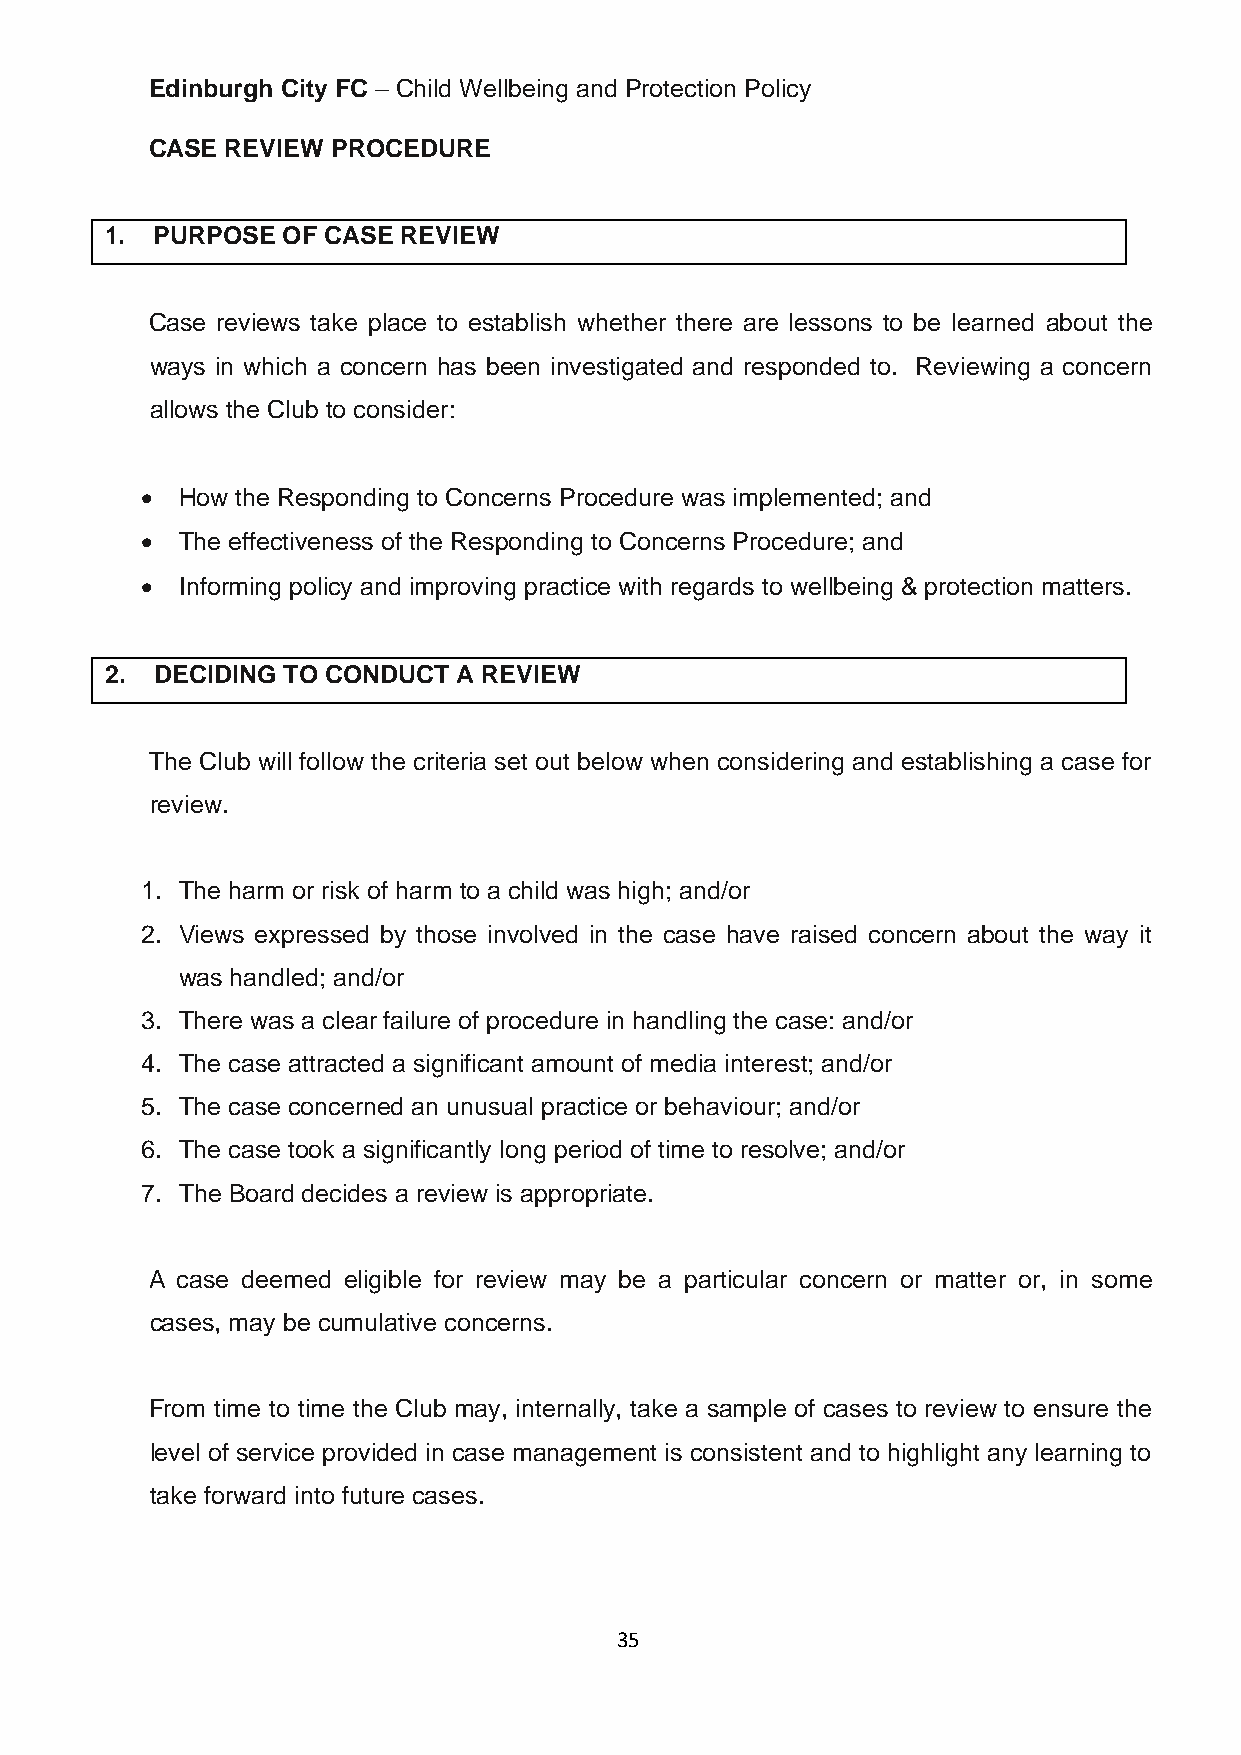
Edinburgh City FC – Child Wellbeing and Protection Policy
 CASE REVIEW PROCEDURE
 1. PURPOSE  OF CASE REVIEW
 Case reviews take place to establish whether there are lessons to be learned about the
 ways in which a concern has been investigated and responded to. Reviewing a concern
 allows the Club to consider:
 •  How the Responding to Concerns Procedure was implemented; and
 •  The effectiveness of the Responding to Concerns Procedure; and
 •  Informing policy and improving practice with regards to wellbeing & protection matters.
 2. DECIDING TO CONDUCT A REVIEW
 The Club will follow the criteria set out below when considering and establishing a case for
 review.
 1. The harm or risk of harm to a child was high; and/or
 2. Views expressed by those involved in the case have raised concern about the way it
 was handled; and/or
 3. There was a clear failure of procedure in handling the case: and/or
 4. The case attracted a significant amount of media interest; and/or
 5. The case concerned an unusual practice or behaviour; and/or
 6. The case took a significantly long period of time to resolve; and/or
 7. The Board decides a review is appropriate.
 A case deemed eligible for review may be a particular concern or matter or, in some
 cases, may be cumulative concerns.
 From time to time the Club may, internally, take a sample of cases to review to ensure the
 level of service provided in case management is consistent and to highlight any learning to
 take forward into future cases.
 35